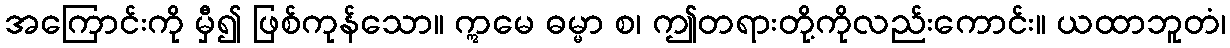
အကြောင်းကို မှီ၍ ဖြစ်ကုန်သော။ ဣမေ ဓမ္မာ စ၊ ဤတရားတို့ကိုလည်းကောင်း။ ယထာဘူတံ၊